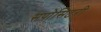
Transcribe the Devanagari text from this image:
सपोसिटरी